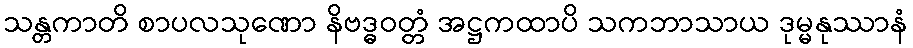
သန္တကာတိ စာပလသုဏော နိဗဒ္ဓဝတ္တံ အဋ္ဌကထာပိ သကဘာသာယ ဒုမ္မနုဿာနံ